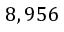
8 , 9 5 6